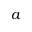
a